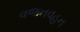
વજનવહન